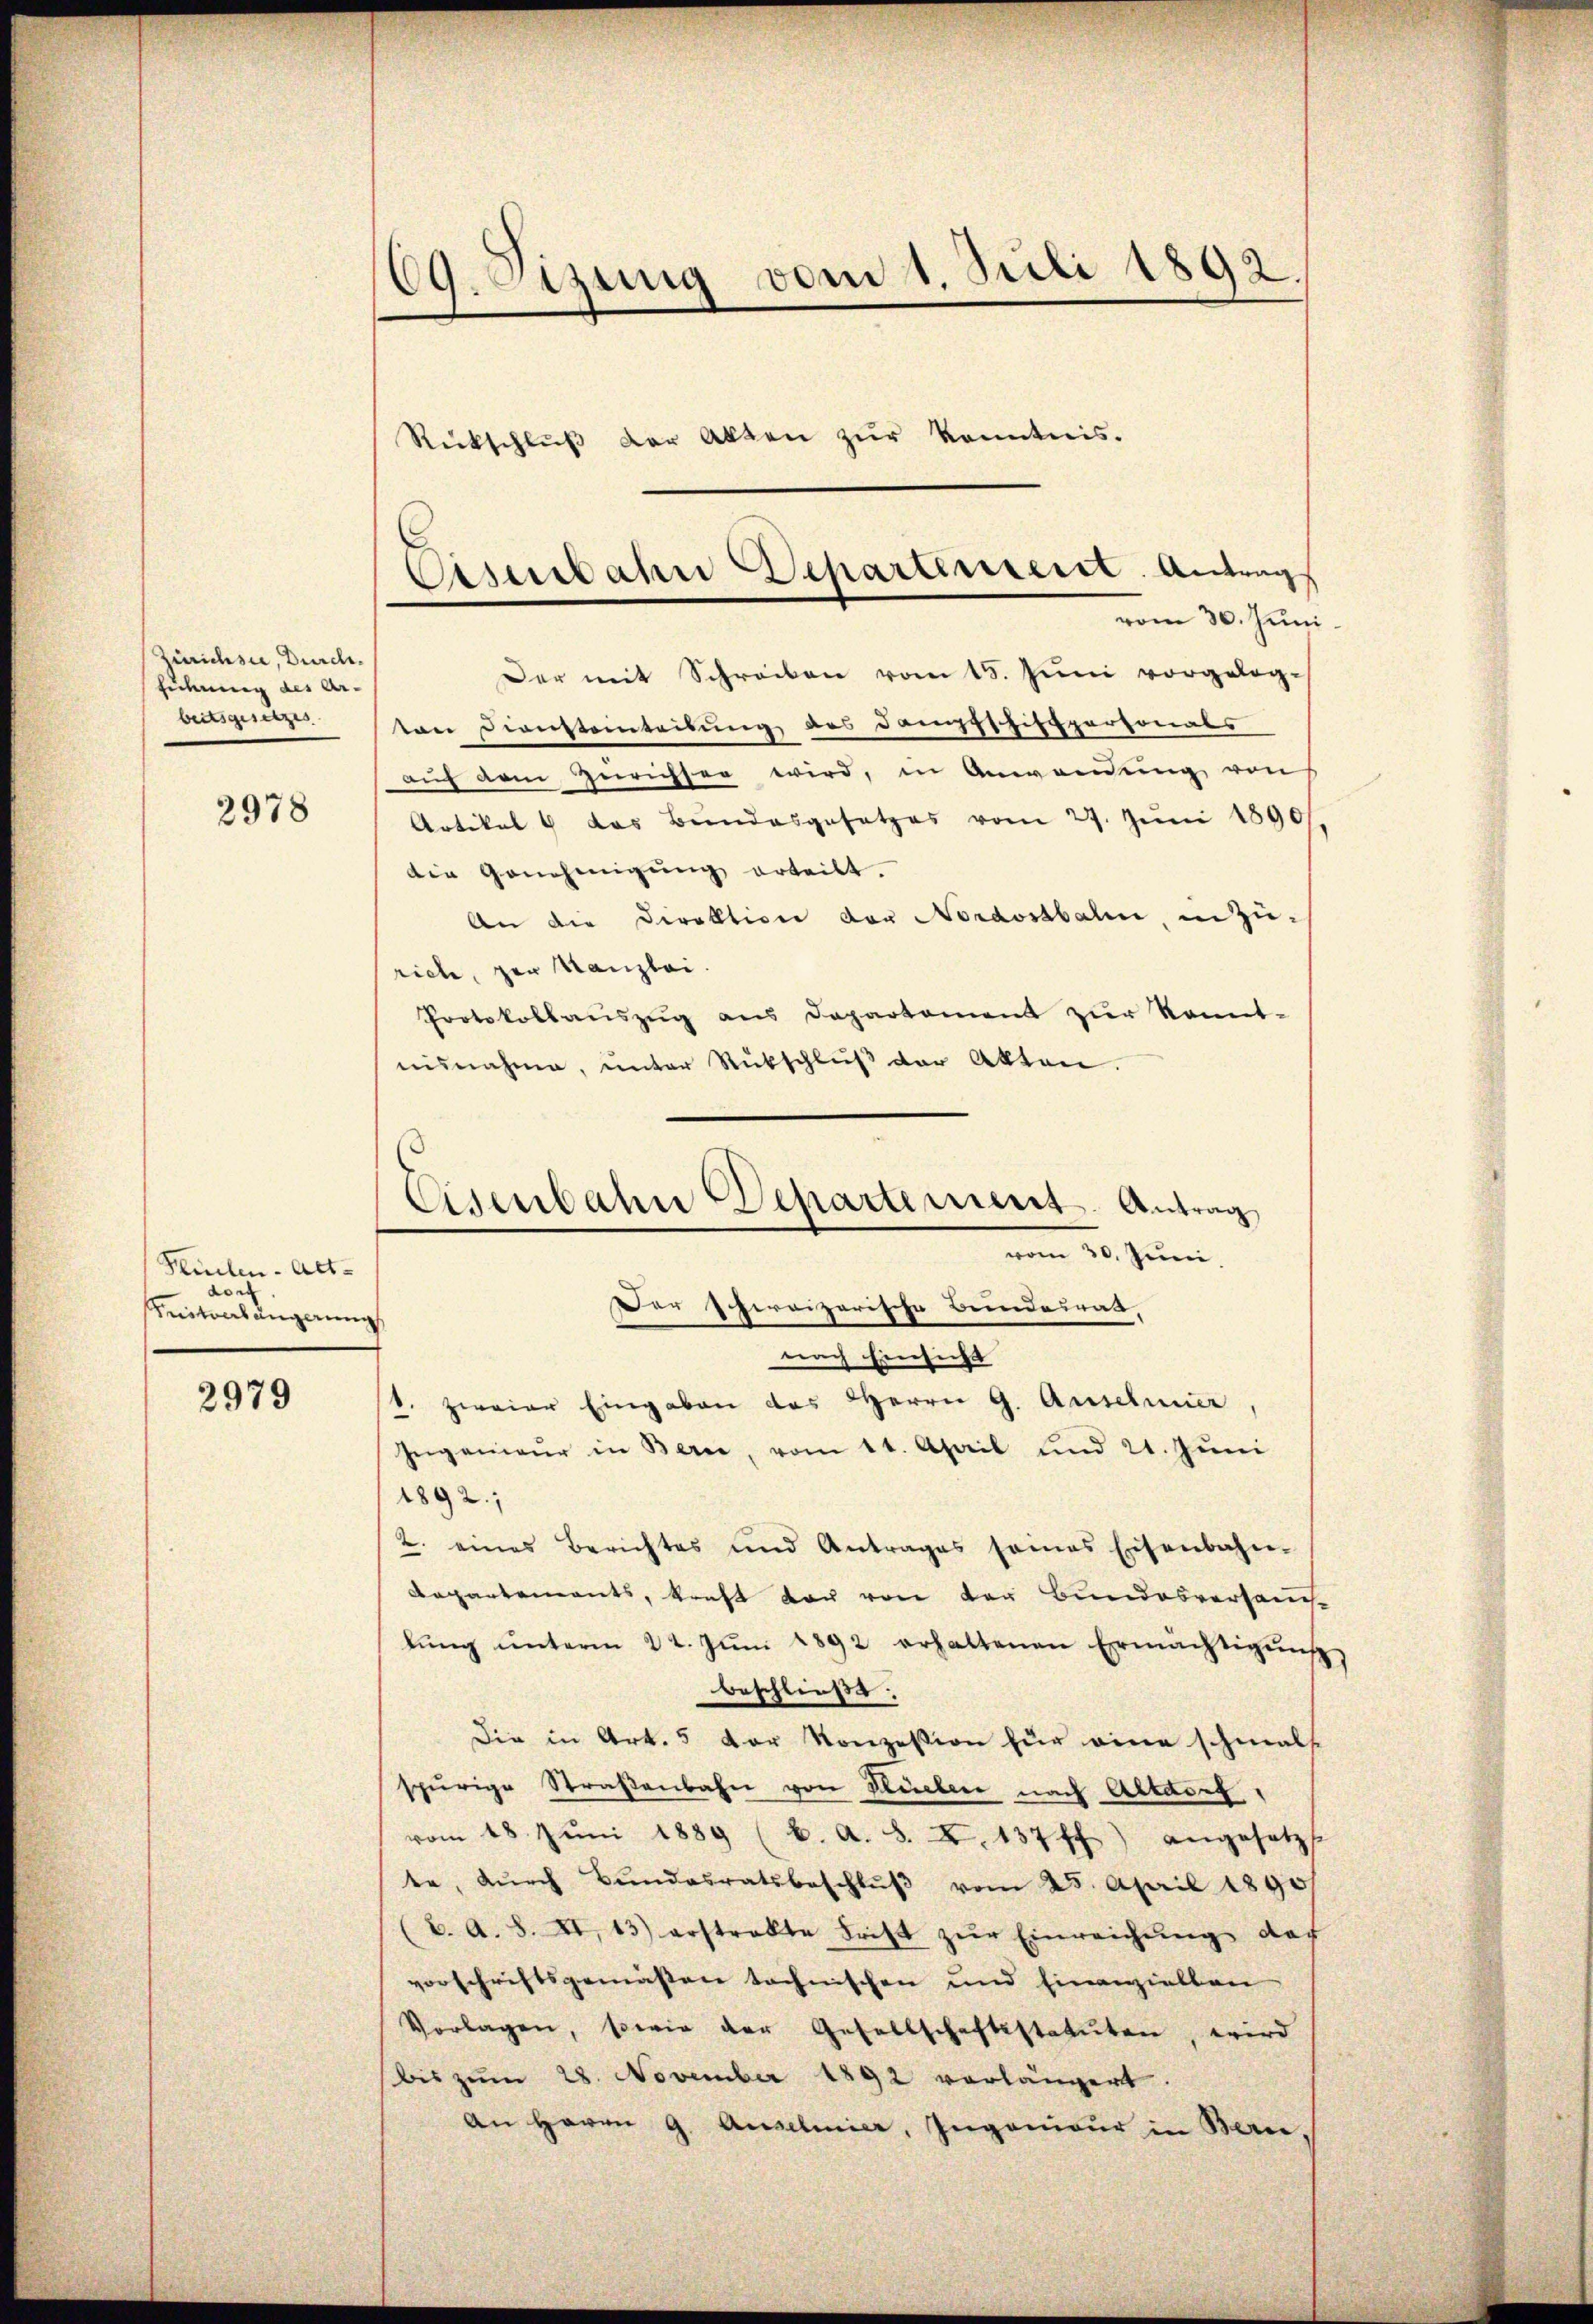
Zürichste, Durch.
Führung des Ar-
beitsgesetzes

2978

Hülen-Alt-
dorf
Seitverlängerung

2979

69. Segung vom 1. Juli 1892

Rückschlŭβ der Akten zŭr Kenntnis.
Eserbahn Departement. Antrag
vom 30. Juni

Der mit Schreiben vom 15. Juni vorgeleg-
ton Diensteintribung des Dampfschippersonals
aŭf dem Zürichter wird, in Anwendŭng von
Artikel & das Bundesgesetzes vom 27. Jŭni 1890
die Genehmigŭng erteilt.
An die Direktion der Nordostbahn, in Zu-
rich, zur Kanzlei.
Protokollaŭszŭg ans Departement zŭr konnt-
ensnahme, ŭnter Rückschlŭβ der Akten.
nach Einsicht
. zweier Eingaben des Herrn G. Ansehener
Ingenieŭr in Berei, vom 11. April und 21. Jŭni
1892.;
2. eines Berichtes und Antrages seines Eisenbahn-
Departements, kraft der von der Bundesversauclŭng ŭnterm 22. Jŭni 1892 erhaltenen Ermächtigŭng
beschließe.
Die in Art. 5 der Konzession für eine schmals
spürige Straßenbahn von Stueber nach Altdorf,
vom 18. Jŭni 1889 (b. A. S. X. 137 ff.) angesetzt
te, dŭrch Bŭndesratsbeschlŭβ vom 25. April 1890
(2. A. S. XI. 13) erstrakte Frist zŭr Einreichŭng des
vorschriftsgemäßen technischen und Einanziellen
Vorlagen, sowie der Gesellschaftsstatuten, wird
bis zum 28. November 1892 vorlängert.
An Herrn G. Anselmier, Ingenieur in Berne,

Eisenbahn Departement. Antrag
vom 30. Juni.
Der schereizerische Bundesrath,